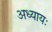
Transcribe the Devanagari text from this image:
अध्यायः